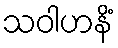
သဝါဟနိံ